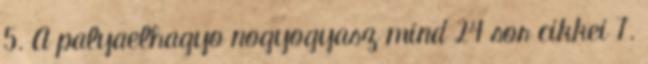
5. A palyaelhagyo nogyogyasz mind 24 sor cikkei 7.